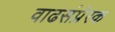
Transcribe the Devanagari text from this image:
वाढसंप्रेरक